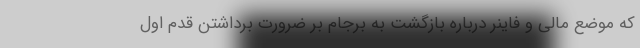
که موضع مالی و فاینر درباره بازگشت به برجام بر ضرورت برداشتن قدم اول